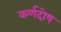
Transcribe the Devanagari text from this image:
कर्णदोष